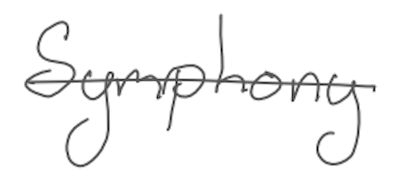
Text: Symphony
Cross-out: single-line
Writing tool: digital_gray